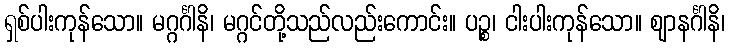
ရှစ်ပါးကုန်သော။ မဂ္ဂင်္ဂါနိ၊ မဂ္ဂင်တို့သည်လည်းကောင်း။ ပဉ္စ၊ ငါးပါးကုန်သော။ ဈာနင်္ဂါနိ၊